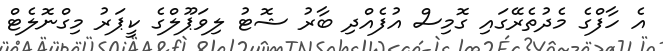
އެ ހާފްގެ މެދުތެރޭގައި ގޮމިސް އުފެއްދި ބާރު ޝޮޓު ލިވަޕޫލްގެ ކީޕަރު މިގްނޮލެޓް